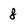
Character: 8